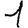
Digit: 1